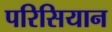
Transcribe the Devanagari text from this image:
परिसियान